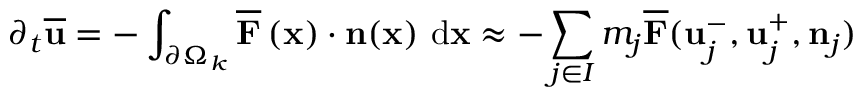
\partial _ { t } \overline { { \mathbf { u } } } = - \int _ { \partial \Omega _ { k } } \overline { { \mathbf { F } } } \left( \mathbf { x } \right) \cdot \mathbf { n } ( \mathbf { x } ) \ \mathrm { d } \mathbf { x } \approx - \sum _ { j \in I } m _ { j } \overline { { \mathbf { F } } } ( \mathbf { u } _ { j } ^ { - } , \mathbf { u } _ { j } ^ { + } , \mathbf { n } _ { j } )